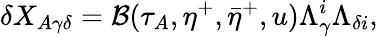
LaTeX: \delta{X_{A\gamma\delta}}={\cal{B}}(\tau_{A},\eta^{+},{\bar{\eta}}^{+},u)\Lambda_{\gamma}^{i}\Lambda_{\delta{i}},